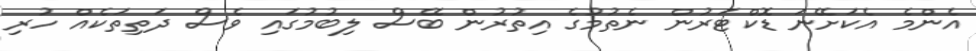
އެންމެ އެކަށޭނަ ޑޮކްޓަރުން ނެތުމުގެ އިތުރުން ބޭސް ލިބުމުގައި ވެސް ދަތިތަކެއް ހުރި